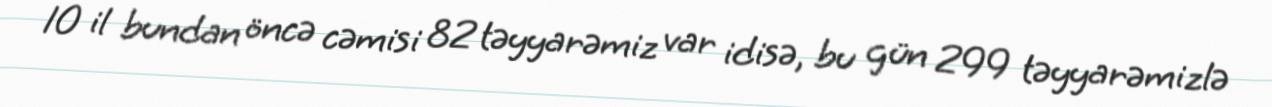
10 il bundan öncə cəmisi 82 təyyarəmiz var idisə, bu gün 299 təyyarəmizlə